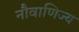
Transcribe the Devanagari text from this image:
नौवाणिज्य